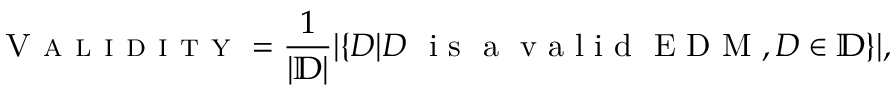
\textsc { V a l i d i t y } = \frac { 1 } { | \mathbb { D } | } | \{ D | D \textrm { \ i s \ a \ v a l i d \ E D M } , D \in \mathbb { D } \} | ,